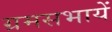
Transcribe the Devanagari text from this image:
ग्रमसभायें